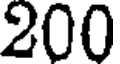
200